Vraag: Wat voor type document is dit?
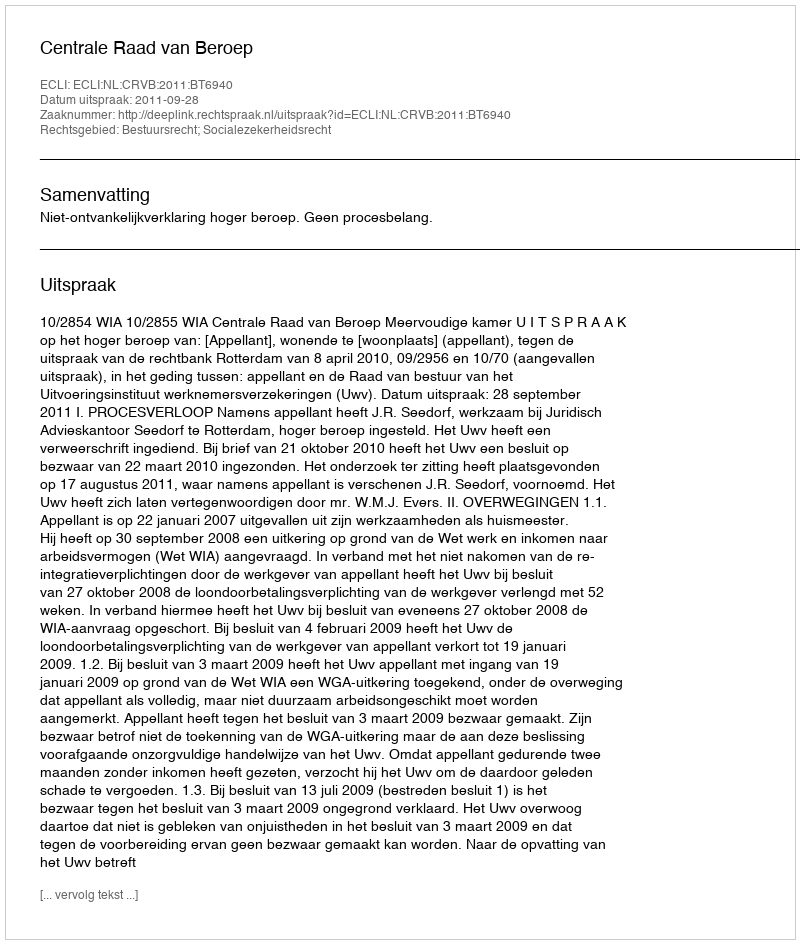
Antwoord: Uitspraak